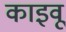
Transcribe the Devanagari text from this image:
काइवू